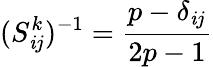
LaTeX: (S_{\mathit{i}j}^{k})^{-1}=\frac{{p-\delta_{\mathit{i}j}}}{{2p-1}}